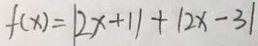
f ( x ) = \vert 2 x + 1 \vert + \vert 2 x - 3 \vert